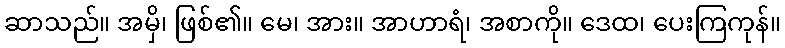
ဆာသည်။ အမှိ၊ ဖြစ်၏။ မေ၊ အား။ အာဟာရံ၊ အစာကို။ ဒေထ၊ ပေးကြကုန်။